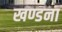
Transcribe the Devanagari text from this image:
खण्डना